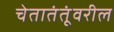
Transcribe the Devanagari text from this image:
चेतातंतूंवरील